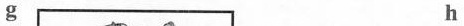
g h